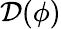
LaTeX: \mathcal{D}(\phi)